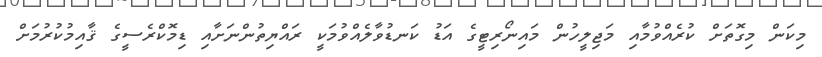
މިކަން މިގޮތަށް ކުރެއްވުމާއި މަޖިލީހުން މައިނޯރިޓީގެ އަޑު ކަނޑުވާލެއްވުމަކީ ރައްޔިތުންނަށާއި ޑިމޮކްރެސީގެ ޤާއިމުކުރުމަށް